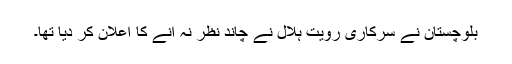
بلوچستان نے سرکاری رویت ہلال نے چاند نظر نہ آنے کا اعلان کر دیا تھا۔